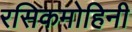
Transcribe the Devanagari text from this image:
रसिकमोहिनी